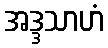
အဒ္ဒသာဟံ